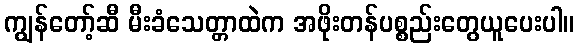
ကျွန်တော့်ဆီ မီးခံသေတ္တာထဲက အဖိုးတန်ပစ္စည်းတွေယူပေးပါ။